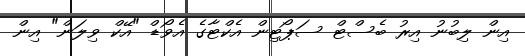
އިން ލިބުނު އިރު ބެސްޓް ސަޕޯޓިން އެކްޓާގެ އެވޯޑް "އޭކް ވިލަން" އިން